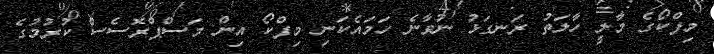
މިފްކޯގެ މާލީ ހާލަތު ރަނގަޅު ނުވާނެ ހަމައެކަނި މިފްކޯ އިން މަސްޕްރޮސެސް ކުރުމުގެ